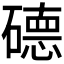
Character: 𱴱